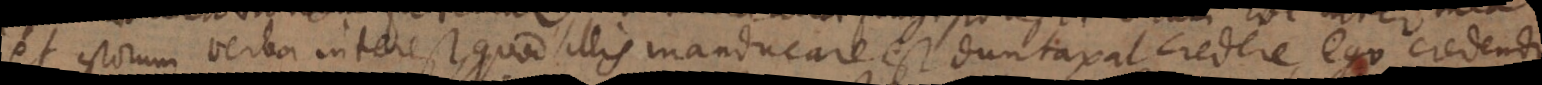
et istorum verba interest, quod illis manducare est duntaxat credere, ego crede